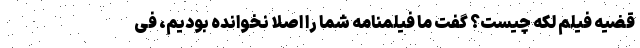
قضیه فیلم لکه چیست؟ گفت ما فیلمنامه شما را اصلا نخوانده بودیم، فی